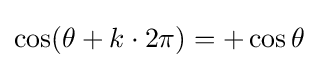
\cos(\theta +k\cdot 2\pi )=+\cos \theta